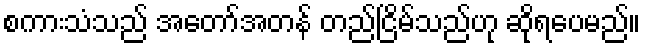
စကားသံသည် အတော်အတန် တည်ငြိမ်သည်ဟု ဆိုရပေမည်။